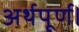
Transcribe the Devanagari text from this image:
अर्थपूर्ण।